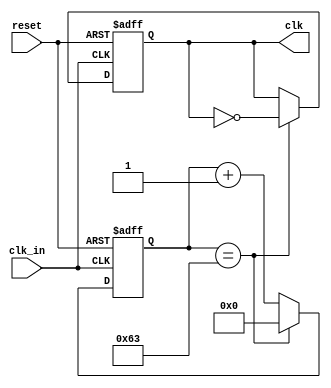
module Devider(clk_in,reset,clk);
parameter CYC=100;  //   				100hz / 1hz
input clk_in,reset;
output reg clk=1'b0;

reg [27:0] counter=0;

always@(posedge reset or posedge clk_in)
begin
	if(reset) begin clk<=0; counter<=0;end
	else if(counter==CYC-1) begin 
		counter<=0;
		clk<=~clk;
	end
	else begin
		counter<=counter+1;
	end
end


endmodule